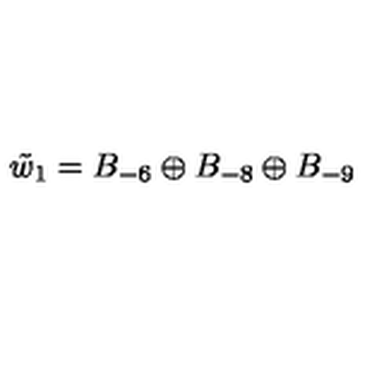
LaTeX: \tilde { w } _ { 1 } = B _ { - 6 } \oplus B _ { - 8 } \oplus B _ { - 9 }